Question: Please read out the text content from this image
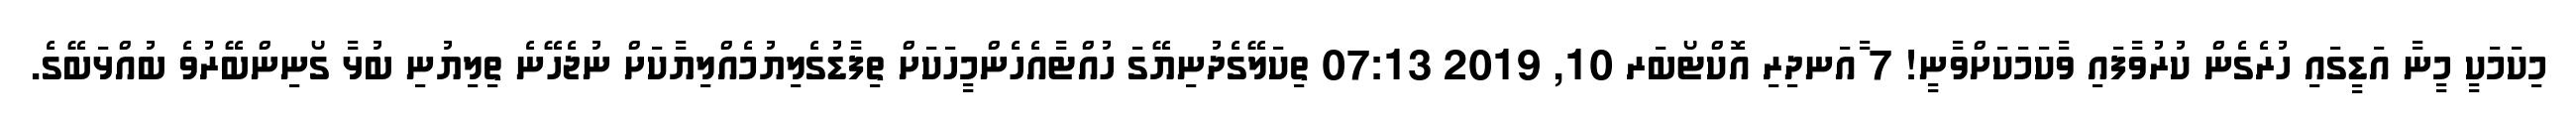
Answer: މިކަމަކީ މީނާ އަޑީގައި ހުރެގެން ކުރުވާފައި ވާކަމަކަށްވާނީ! 7 ާއަނދިރި އޮކްޓޯބަރ 10, 2019 07:13 ތިކަލޭގެދުނިޔޭގަ ހުއްޓާއެހެންމީހަކަށް ތިފާޑުގެލިޔުމެއްލިޔާކަށް ނުޖެހޭނެ ތިލިޔުނި ބުޅާ ގޯނިންބޭރުވެ ބުއްޅަބޭގެ.